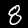
Digit: 8